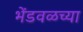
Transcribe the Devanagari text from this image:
भेंडवळच्या